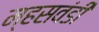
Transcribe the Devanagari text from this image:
म्हसवंडी